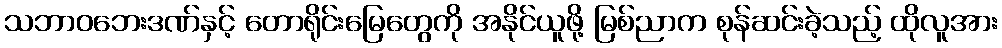
သဘာဝဘေးဒဏ်နှင့် တောရိုင်းမြေတွေကို အနိုင်ယူဖို့ မြစ်ညာက စုန်ဆင်းခဲ့သည့် ထိုလူအား